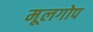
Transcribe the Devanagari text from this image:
मूलगोप